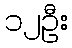
၁၂ဦး